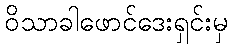
ဝိသာခါဖောင်ဒေးရှင်းမှ